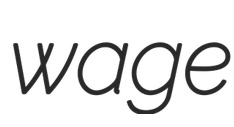
wage